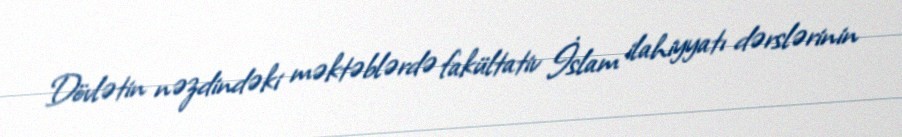
Dövlətin nəzdindəki məktəblərdə fakültativ İslam ilahiyyatı dərslərinin